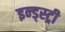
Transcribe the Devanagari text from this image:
इन्ड्स्ट्री